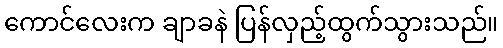
ကောင်လေးက ချာခနဲ ပြန်လှည့်ထွက်သွားသည်။